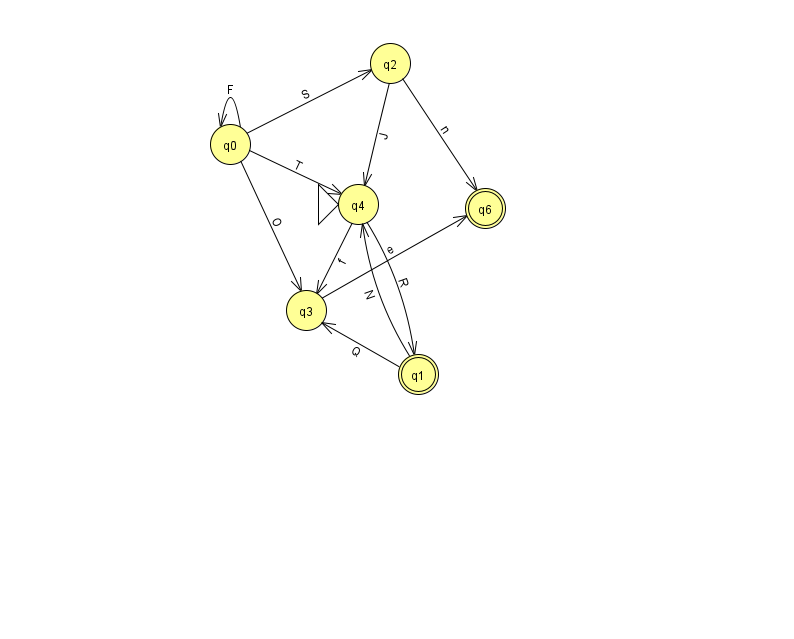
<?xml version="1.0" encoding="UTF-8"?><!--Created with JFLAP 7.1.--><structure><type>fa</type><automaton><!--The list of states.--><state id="0" name="q0"><x>230.0</x><y>131.0</y></state><state id="1" name="q1"><x>418.0</x><y>361.0</y><final/></state><state id="2" name="q2"><x>390.0</x><y>50.0</y></state><state id="3" name="q3"><x>306.0</x><y>297.0</y></state><state id="4" name="q4"><x>358.0</x><y>191.0</y><initial/></state><state id="6" name="q6"><x>485.0</x><y>195.0</y><final/></state><!--The list of transitions.--><transition><from>1</from><to>3</to><read>Q</read></transition><transition><from>0</from><to>4</to><read>T</read></transition><transition><from>2</from><to>4</to><read>J</read></transition><transition><from>0</from><to>3</to><read>O</read></transition><transition><from>1</from><to>4</to><read>N</read></transition><transition><from>0</from><to>0</to><read>F</read></transition><transition><from>2</from><to>6</to><read>n</read></transition><transition><from>4</from><to>1</to><read>R</read></transition><transition><from>4</from><to>3</to><read>f</read></transition><transition><from>0</from><to>2</to><read>S</read></transition><transition><from>3</from><to>6</to><read>e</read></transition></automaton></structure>